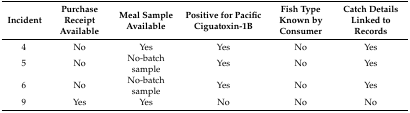
<table><thead><tr><td><b>Incident</b></td><td><b>Purchase Receipt Available</b></td><td><b>Meal Sample Available</b></td><td><b>Positive for Pacific Ciguatoxin-1B</b></td><td><b>Fish Type Known by Consumer</b></td><td><b>Catch Details Linked to Records</b></td></tr></thead><tbody><tr><td>4</td><td>No</td><td>Yes</td><td>Yes</td><td>No</td><td>Yes</td></tr><tr><td>5</td><td>No</td><td>No-batch sample</td><td>Yes</td><td>No</td><td>Yes</td></tr><tr><td>6</td><td>No</td><td>No-batch sample</td><td>Yes</td><td>No</td><td>Yes</td></tr><tr><td>9</td><td>Yes</td><td>Yes</td><td>No</td><td>No</td><td>No</td></tr></tbody></table>